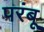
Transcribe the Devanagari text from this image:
परंबू